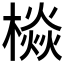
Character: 𱤙